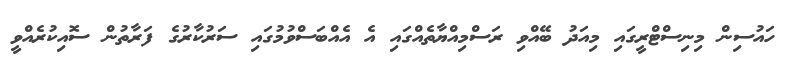
ހައުސިން މިނިސްޓްރީގައި މިއަދު ބޭއްވި ރަސްމިއްޔާތެއްގައި އެ އެއްބަސްވުމުގައި ސަރުކާރުގެ ފަރާތުން ސޮއިކުރެއްވީ